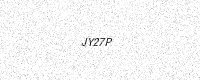
Text: JY27P